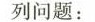
列问题：